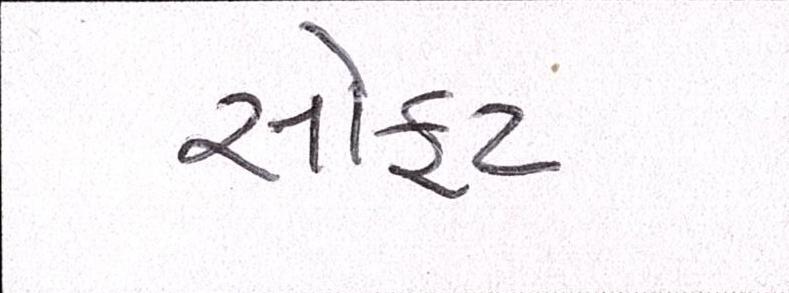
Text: સોફ્ટ